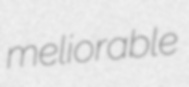
meliorable